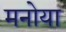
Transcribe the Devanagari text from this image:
मनोया